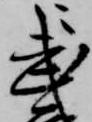
武